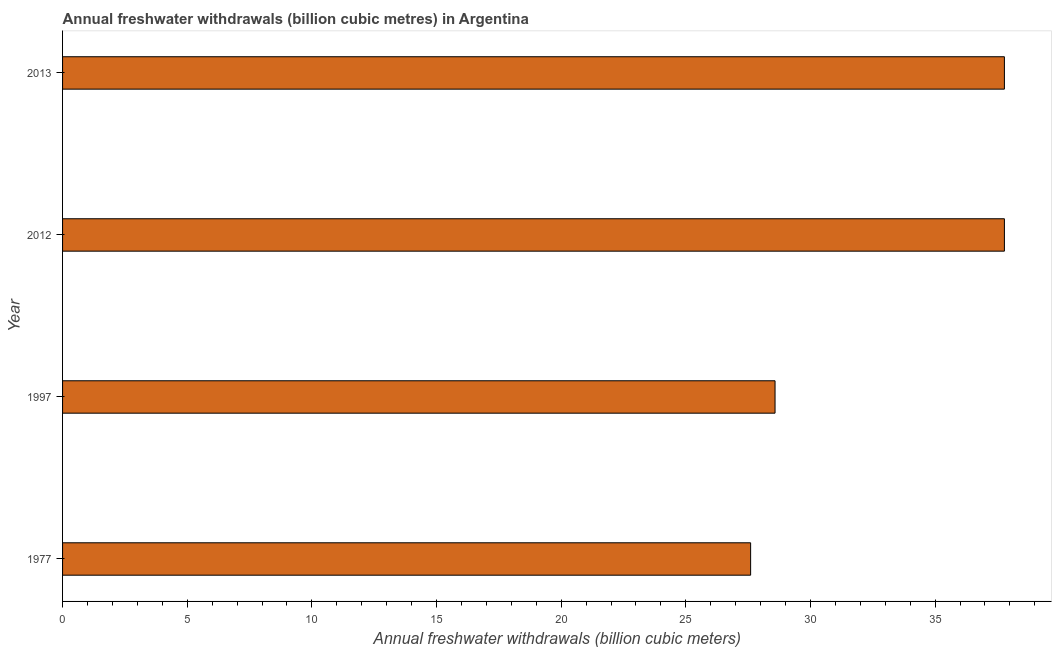
| Year | Annual freshwater withdrawals |
 | --- | --- |
 | 1977 | 27.6 |
 | 1997 | 28.6 |
 | 2012 | 37.8 |
 | 2013 | 37.8 |